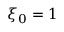
\xi _ { 0 } = 1